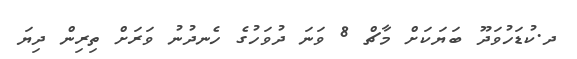
ދ.ކުޑަހުވަދޫ ބަޔަކަށް މާޗް 8 ވަނަ ދުވަހުގެ ހެނދުނު ވަރަށް ތިރިން ދިޔަ